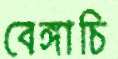
বেঙ্গাচি